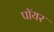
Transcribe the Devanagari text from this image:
पॉयर